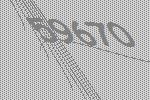
59670